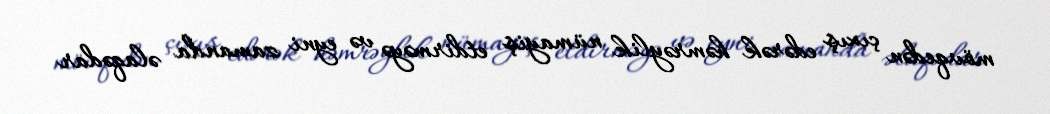
mövqedən çıxış edərək həmrəylik nümayiş etdirməyə və eyni zamanda əlaqədar